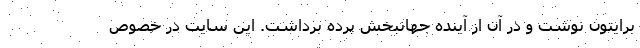
برایتون نوشت و در آن از آینده جهانبخش پرده برداشت. این سایت در خصوص